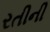
રતીની